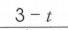
\(3 - t\)